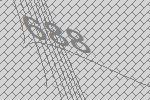
688